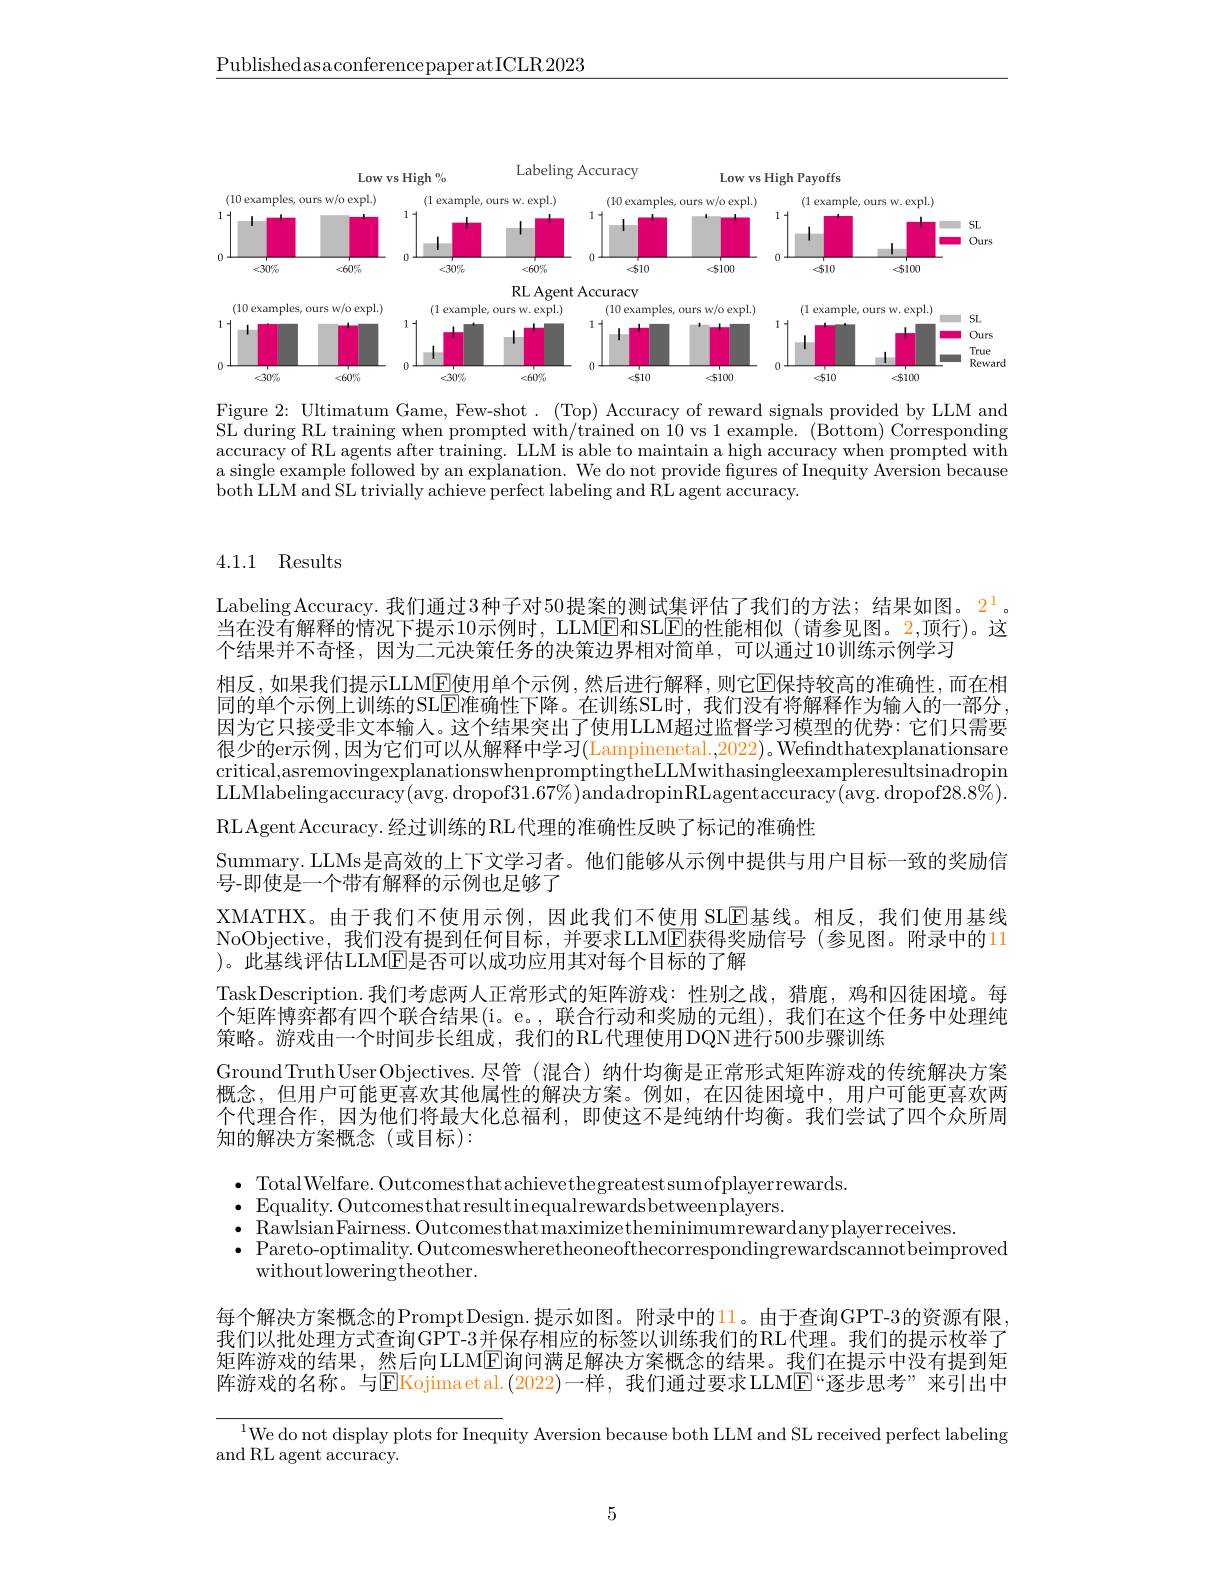
$\underline{\text{PublishedasaconferencepaperatICLR2023}}$

<FigureHere>

Figure 2: Ultimatum Game, Few-shot. (Top) Accuracy of reward signals provided by LLM and SL during RL training when prompted with/trained on l0 vs 1 example. (Bottom) Corresponding accuracy of RL agents after training. LLM is able to maintain a high accuracy when prompted with a single example followed by an explanation. We do not provide figures of Inequity Aversion because both LLM and SL trivially achieve perfect labeling and RL agent accuracy.

## 4.1.1 Results

Labeling Accuracy. 我们通过3种子对50提案的测试集评估了我们的方法；结果如图。2$^1$。当在没有解释的情况下提示10示例时，LLME和SLE的性能相似(请参见图。2,顶行)。这个结果并不奇怪，因为二元决策任务的决策边界相对简单，可以通过10训练示例学习
相反，如果我们提示LLM$\underline{\mathrm{E}}$使用单个示例，然后进行解释，则它$\overline{\mathrm{E}}$保持较高的准确性，而在相同的单个示例上训练的SLE准确性下降。在训练SL时，我们没有将解释作为输入的一部分. 因为它只接受非文本输人。这个结果突出了使用LLM超过监督学习模型的优势：它们只需要很少的er示例，因为它们可以从解释中学习(Lampinenetal.,2022)。Wefindthatexplanationsare critical, asremovingexplanationswhenpromptingtheLLMwithasingleexampleresultsinadropin critical, asremovingexplanationswhenpromptingtheLLMwithasingleexampleresultsinadropin $\text{criti\'{c} al, asremovingexplanationswhenpromptingtheLLMwithasingleexampleresult}$ LLMlabelingaccuracy(avg. dropof$31.67\%)$andadropinRLagentaccuracy(avg. dropof$28.8\%).$ RLAgent Accuracy. 经过训练的 RL代理的准确性反映了标记的准确性
Summary. LLMs是高效的上下文学习者。他们能够从示例中提供与用户目标一致的奖励信
号-即使是一个带有解释的示例也足够了
XMATHX。由于我们不使用示例，因此我们不使用 SLE基线。相反，我们使用基线NoObjective,我们没有提到任何目标，并要求LLM$\overline\text{E获得奖励信号(参见图。附录中的11}$ )。此基线评估LLME是否可以成功应用其对每个目标的了解
TaskDescription.我们考虑两人正常形式的矩阵游戏：性别之战，猎鹿，鸡和囚徒困境。每个矩阵博弈都有四个联合结果(i。e。,联合行动和奖励的元组),我们在这个任务中处理纯策略。游戏由一个时间步长组成，我们的RL代理使用DQN进行500步骤训练
Ground Truth User Objectives. 尽管 (混合) 纳什均衡是正常形式矩阵游戏的传统解决方案概念，但用户可能更喜欢其他属性的解决方案。例如，在囚徒困境中，用户可能更喜欢两个代理合作，因为他们将最大化总福利，即使这不是纯纳什均衡。我们尝试了四个众所周知的解决方案概念(或目标):

$\bullet$ TotalWelfare. Outcomesthatachievethegreatestsumofplayerrewards.
$\bullet$Equality. Outcomesthatresultinequalrewardsbetweenplayers.
$\bullet$ RawlsianFairness. Outcomesthatmaximizetheminimumrewardanyplayerreceives.
$\bullet$ Pareto-optimality. Outcomeswheretheoneofthecorrespondingrewardscannotbeimproved
withoutloweringtheother.

每个解决方案概念的PromptDesign.提示如图。附录中的11。由于查询GPT-3的资源有限， 我们以批处理方式查询GPT-3并保存相应的标签以训练我们的RL代理。我们的提示枚举了矩阵游戏的结果，然后向LLME询问满足解决方案概念的结果。我们在提示中没有提到矩阵游戏的名称。与$\operatorname{E\text{EKojimaetal.(2022)一样，我们通过要求LLM}\overline{\mathrm{E}}}$“逐步思考”来引出中

$\frac{^{1}\text{We do not display plots for Inequ}}{^{1}\text{We do not display plots for Inequ}}$ity Aversion because both LLM and SL received perfect labeling
and RL agent accuracy.

5